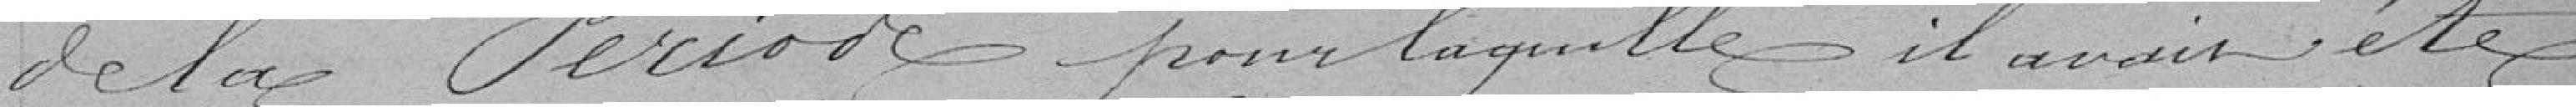
de la période pour laquelle, il avait été